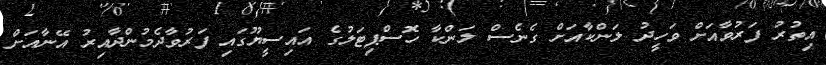
އިތުރު ފަރުވާއަށް ވަހީދު ލަންކާއަށް ގެނެސް ލަންކާ ހޮސްޕިޓަލުގެ އައިސީޔޫގައި ފަރުވާދެމުންދާއިރު އޭނާއަށް